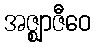
အဇ္ဈာဇီဝေ